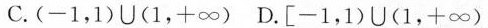
C.(-1,1)\bigcup (1,+\infty) D.[-1,1)\bigcup (1,+\infty)